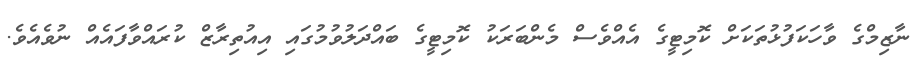
ނާޒިމްގެ ވާހަކަފުޅުތަކަށް ކޮމިޓީގެ އެއްވެސް މެންބަރަކު ކޮމިޓީގެ ބައްދަލުވުމުގައި އިއުތިރާޒް ކުރައްވާފައެއް ނުވެއެވެ.